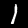
Label: 1